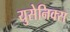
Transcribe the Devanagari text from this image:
युसेनिक्स